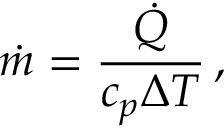
\dot { m } = \frac { \dot { Q } } { c _ { p } \Delta T } \, ,